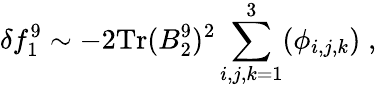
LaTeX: \delta f_{1}^{9}\sim-2\mathrm{Tr}(B_{2}^{9})^{2}\sum_{i,j,k=1}^{3}(\phi_{i,j,k})\; ,